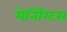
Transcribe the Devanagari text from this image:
मेनिंग्टिस